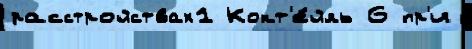
расстройствах1 Кокт'е́йль 6 пр'и